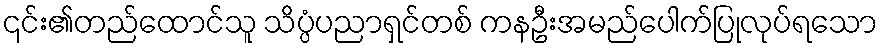
၎င်း၏တည်ထောင်သူ သိပ္ပံပညာရှင်တစ် ကနဦးအမည်ပေါက်ပြုလုပ်ရသော